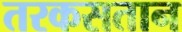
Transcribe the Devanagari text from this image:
तरकसतान